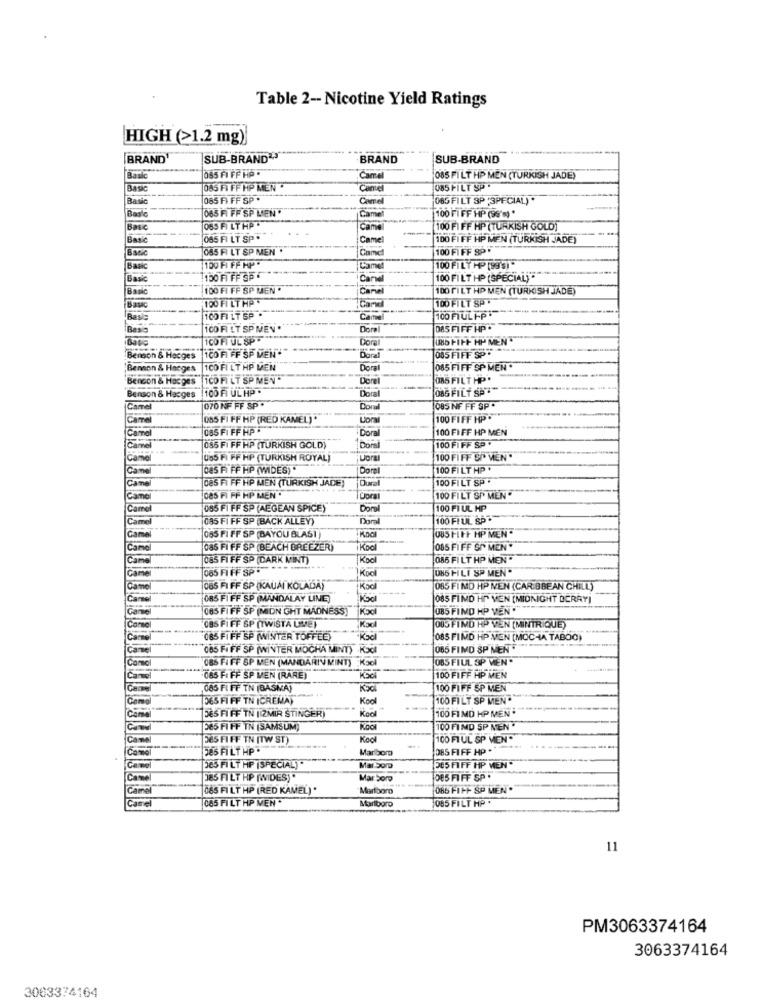
Table 2 -- Nicotine Yield Ratings
HIGH (>1.2 mg)
BRAND
SUB-BRAND
BRAND
SUB-BRAND
065 FI FF HP .
Basic
Camel
085 FILT HP MEN (TURKISH JADE)
Basic
085 FI FF HP MEN .
Canel
085 FILT SP .
[Basic
085 FI FF SP .
Camel
065 FILT SP 3PECIAL) .
085 FI FF SP MIEN*
Came
100 FI FF HP (96's) *
Basc
065 FI LT HP -
Cama
100 FI FF HP (TURKISH GOLD)
Basic
065 FI LT SP .
Camel
100 FI FF HP MEN (TURKISH JADE)
085 FI LT SP MEN .
Came
100 FI FF SP.
Basic
100 FI FF HP "
-----
Came
100 FILT HP (99'S)"
Basic
1150 FI FF SP
Can
100 FILT HP (SPECIAL)
Basic
100 FI FF SP MEN .
Camel
1DO FILT HP MEN (TURKISH JADE)
100 FILT HP
100 FILT SP
Bask
Baske
100 FI LT SP .
100 FIULF-P
Basis
CO FI LT SP MEN .
Doral
DAS FIFF HP.
Dora
UBO FIFF HP MEN
100 FI FF SP VEN
085 FIFF SPF
Benson &
Doral
Benson & Hanges
1CO FI LT HP VEN
Doral
085 FIFF SP MEN
Bencon & Hacges
1CD FI LT SP MEN"
Dorel
(85 FILT HP.
Benson & Hacges 100 FI UL HP .
Doral
085 FILT SP
Benson & H
Camel
070 NF FF SP .
Dor
085 NF FF SP .
Came
085 FI FF HP (RED KANEL) .
Lipra
100 FIFF HP *
Camel
085 FI FF HP
Dora
100 FI FF HP MEN
100 FI FF SP .
085 FI FF HP (TURKISH GOLD)"
Came
085 FI FF HP (TURKISH ROYAL]
Vora
100 FIFF SP MEN "
Came
085 FI FF HP (WIDES).
Doral
100 FILT HP *
Came
085 FI FF HP MEN (TURKISH JADE)
100 FILT SP .
Came
085 FI FF HP MEN *
Coral
100 FILT SP MEN *
Came
085 FI FF SP (AEGEAN SPICE)
Dorel
100 FI UL HP
Cam
085 FI FF SP (BACK ALLEY)
Doral
100 FI UL SP
Gan
085 FI FF SP (BAYOU BLASI
OUS FIFF HP MEN "
085 FI FF SP (BEACH BREEZER)
Kool
085 FIFF SO MEN "
085 FI FF SP (DARK MINT)
Koci
086 FILT HP MEN
085 FI FF SP-
Kool
085 FILI SP MEN"
065 FI FF SP (KAUAI KOLADA)
085 FIMD HP NEN (CARIBBEAN CHILL)
085 FI FF SP (MANDALAY LINE)
085 FIMD HT VEN (MIDNIGHT OCRAY]
085 FIFF SP (MIDN GHT MADNESS)
Kodl
085 FIND HP VEN
OBS FIFF SP (TWISTA UME)
OUS FIND HP VEN (MINTRIQUE)
085 FIFF SP (WINTER TOFFEE)
085 FIMD HP MON (MOCHA TABOO)
085 FIFF SP (WINTER MOCHA MINT) KJI
085 FIND SP MEN
Como
085 FI FF SP MEN (MANDARINMINT) :Kool
085 FIUL SP VEN.
065 FI FF SP MEN (RARE)
100 FIFF HP MEN
085 FI FF TN (BASNA)
Kool
100 FIFF SP MEN
Cam
565 FI FF TN ICREMAT
Kool
100 FILT SP MEN
565 FI FF TN [IZMIR STINGER)
Kool
100 FIMD HP MEN*
Cam
585 FI FF TN (SAMSUM]
Roo
100 FIND SP NEN "
Com
565 FI FF TN [TW ST)
Koo
100 FI UL SP MEN.
(Cam
385 FILT HP .
Marlboro
085 FIFF HP *
365 FILT HP (SPECIAL)"
Mar Som
DES FIFF HP MEN.
Camel
J85 FILT HP [WIDES).
Mar Som
DES FIFF SP .
Came
065 FILT HP (RED KAMEL) .
Marlboro
065 FIFF SP MEN
Camel
085 FILT HP MEN "
085 FILT HP .
Marlboro
11
PM3063374164
3063374164
3003374164